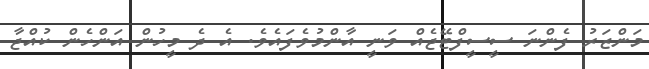
މަންޒަރު ފެންނަ ސީސީފްޓޭޖެއް ވަނީ އާންމުވެފައެވެ. އެ ދެ މީހުން އަންހެން ކުއްޖާ